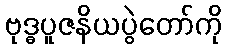
ဗုဒ္ဓပူဇနိယပွဲတော်ကို